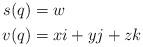
LaTeX: \begin{align*} \begin{alignedat}{3}s(q) &= w\\v(q) &= xi + yj + zk\end{alignedat}\end{align*}